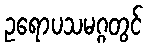
ဥရောပသမဂ္ဂတွင်